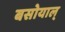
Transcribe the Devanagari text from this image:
बसोयाल्